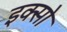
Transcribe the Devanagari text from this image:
इक्सो